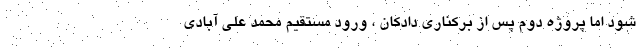
شود اما پروژه دوم پس از برکناری دادکان ، ورود مستقیم محمد علی آبادی